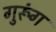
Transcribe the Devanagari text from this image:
गुरूंग